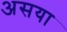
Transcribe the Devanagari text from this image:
असया